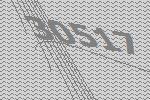
30517